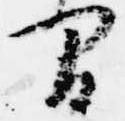
間